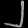
Digit: ၂